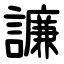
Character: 譧